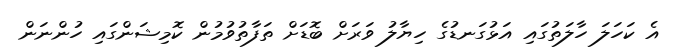
އެ ކަހަލަ ހާލަތުގައި އަޅުގަނޑުގެ ހިޔާލު ވަރަށް ބޮޑަށް ތަފާތުވުމުން ކޮމިޝަންގައި ހުންނަން